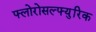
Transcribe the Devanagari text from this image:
फ्लोरोसल्फ्युरिक